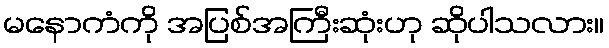
မနောကံကို အပြစ်အကြီးဆုံးဟု ဆိုပါသလား။